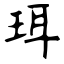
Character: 珥